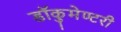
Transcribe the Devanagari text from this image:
डॉकुमेण्टरी